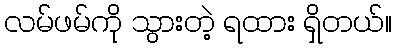
လမ်ဖမ်ကို သွားတဲ့ ရထား ရှိတယ်။